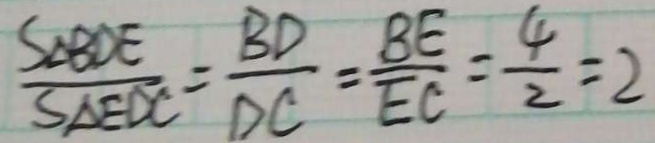
\frac { S _ { \Delta B D E } } { S _ { \Delta E D C } } = \frac { B D } { D C } = \frac { B E } { E C } = \frac { 4 } { 2 } = 2